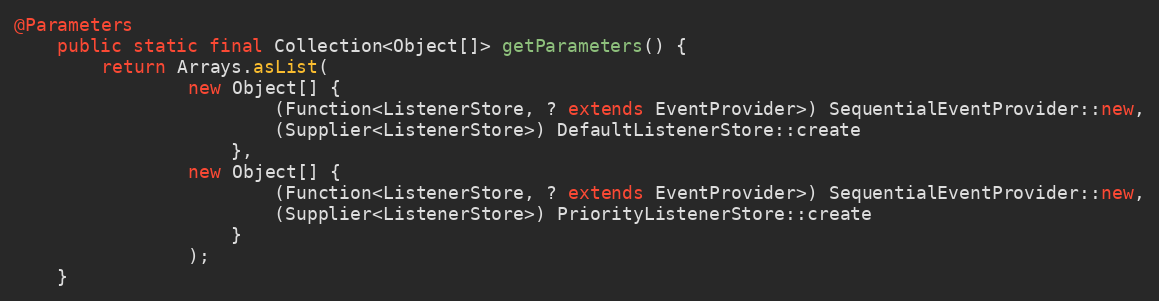
Language: Java
@Parameters
    public static final Collection<Object[]> getParameters() {
        return Arrays.asList(
                new Object[] {
                        (Function<ListenerStore, ? extends EventProvider>) SequentialEventProvider::new,
                        (Supplier<ListenerStore>) DefaultListenerStore::create
                    },
                new Object[] {
                        (Function<ListenerStore, ? extends EventProvider>) SequentialEventProvider::new,
                        (Supplier<ListenerStore>) PriorityListenerStore::create
                    }
                );
    }